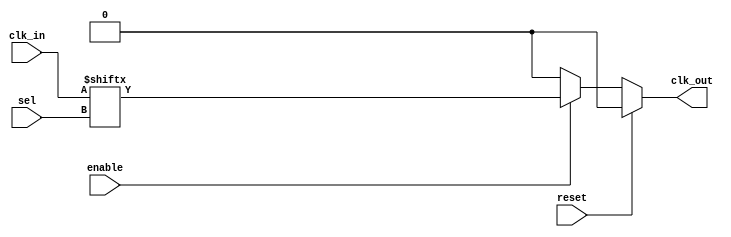
module clk_mux_buffer #(
    parameter N = 4, // Number of clock inputs
    parameter M = 2  // Number of select lines (N = 2^M)
)(
    input  wire [N-1:0] clk_in,   // Clock inputs
    input  wire [M-1:0] sel,      // Select lines
    input  wire enable,            // Enable signal
    input  wire reset,             // Reset signal
    output reg  clk_out            // Clock output
);

    // Internal signal to hold the selected clock
    wire selected_clk;

    // Select the clock based on the select lines
    assign selected_clk = clk_in[sel];

    // Always block to handle the output clock based on enable and reset
    always @(*) begin
        if (reset) begin
            clk_out = 1'b0; // Reset output to low
        end else if (enable) begin
            clk_out = selected_clk; // Route the selected clock to output
        end else begin
            clk_out = 1'b0; // Hold output low when disabled
        end
    end

endmodule